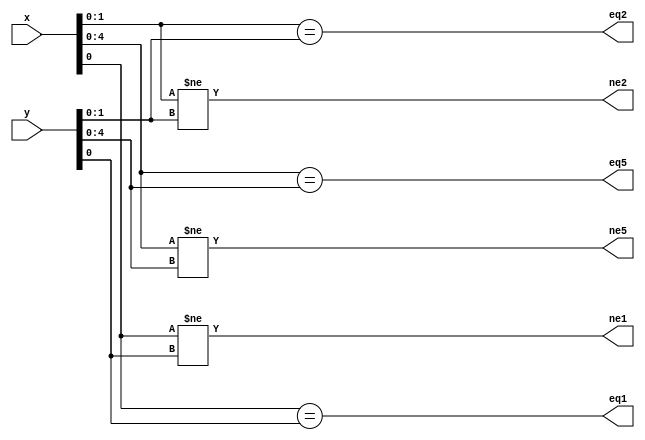
// This program was cloned from: https://github.com/steveicarus/ivtest
// License: GNU General Public License v2.0

module eqne(output wire eq1, output wire ne1,
	    output wire eq2, output wire ne2,
	    output wire eq5, output wire ne5,
	    input wire [7:0] x, input wire [7:0] y);

   assign	  eq1 = x[0] == y[0];
   assign	  ne1 = x[0] != y[0];
   assign	  eq2 = x[1:0] == y[1:0];
   assign	  ne2 = x[1:0] != y[1:0];
   assign	  eq5 = x[4:0] == y[4:0];
   assign	  ne5 = x[4:0] != y[4:0];

endmodule // eqne